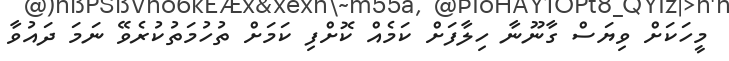
މީހަކަށް ވިޔަސް ގާނޫނާ ހިލާފަށް ކަމެއް ކޮށްފި ކަމަށް ތުހުމަތުކުރެވޭ ނަމަ ދައުވާ